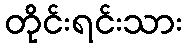
တိုင်းရင်းသား